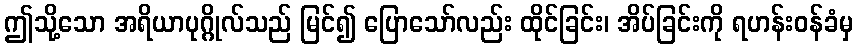
ဤသို့သော အရိယာပုဂ္ဂိုလ်သည် မြင်၍ ပြောသော်လည်း ထိုင်ခြင်း၊ အိပ်ခြင်းကို ရဟန်းဝန်ခံမှ